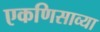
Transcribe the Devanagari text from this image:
एकणिसाव्या